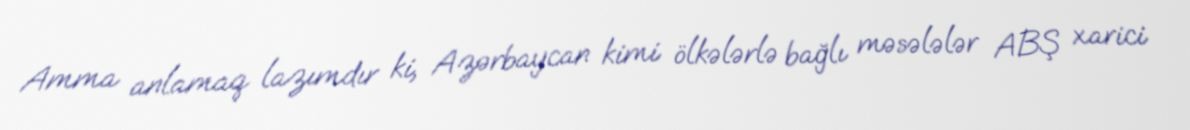
Amma anlamaq lazımdır ki, Azərbaycan kimi ölkələrlə bağlı məsələlər ABŞ xarici